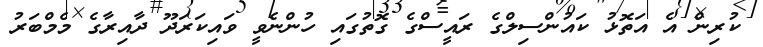
ކުރިން އެ އަތޮޅު ކައުންސިލްގެ ރައީސްގެ ގޮތުގައި ހުންނެވީ ވައިކަރަދޫ ދާއިރާގެ މެމްބަރު